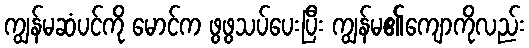
ကျွန်မဆံပင်ကို မောင်က ဖွဖွသပ်ပေးပြီး ကျွန်မ၏ကျောကိုလည်း